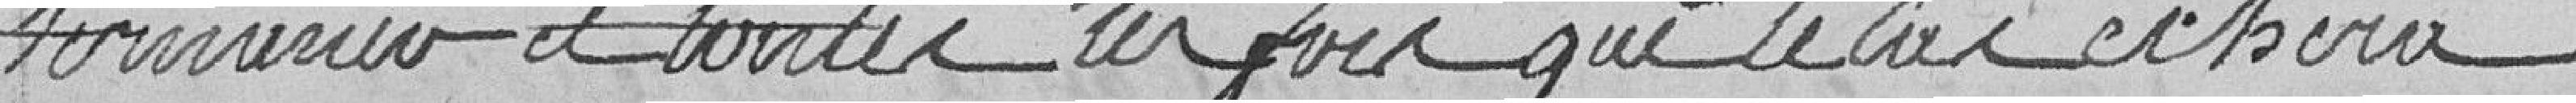
terminer et toutes les fois que le cas